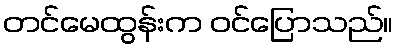
တင်မေထွန်းက ဝင်ပြောသည်။